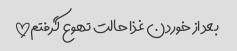
بعد از خوردن غذا حالت تهوع گرفتم!!!